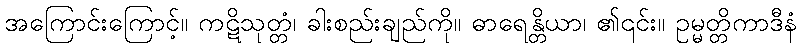
အကြောင်းကြောင့်။ ကဋိသုတ္တံ၊ ခါးစည်းချည်ကို။ ဓာရေန္တိယာ၊ ၏၎င်း။ ဥမ္မတ္တိကာဒီနံ